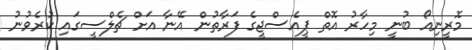
މޮރީނިއޯ ބުނީ މިހާރު އޮތް ޕީއެސްޖީގެ ފަރާތުން އޭނާ އަށް ޗެލްސީގައި ކުރެވުނު